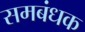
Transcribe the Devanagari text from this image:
समबंधक